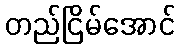
တည်ငြိမ်အောင်